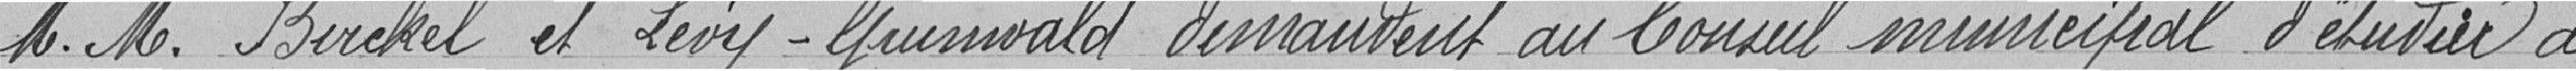
Monsieurs Birckel et Lévy-gruswald demandent au Conseil Municipal d'étudier à